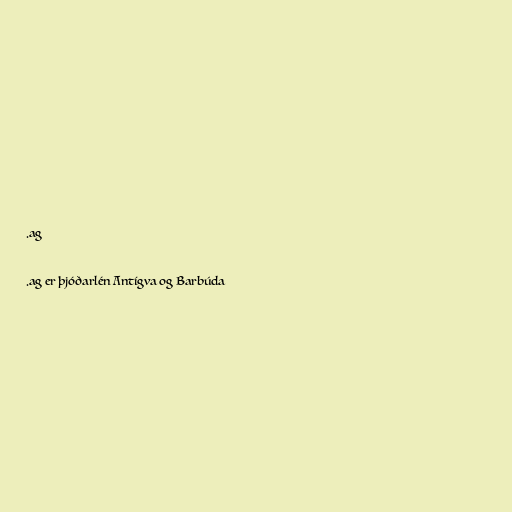
.ag

.ag er þjóðarlén Antígva og Barbúda